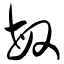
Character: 敏